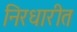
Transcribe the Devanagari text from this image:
निरधारीत